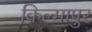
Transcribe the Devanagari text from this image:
किल्मापुर